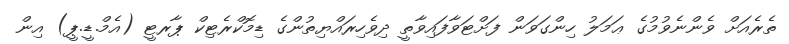
ތެރެއަށް ވެންނެވުމުގެ ޢަމަލު ހިންގަވަން ފަށްޓަވާފައިވާތީ ދިވެހިރައްޔިތުންގެ ޑިމޮކްރެޓިކް ޕާރޓީ (އެމް.ޑީ.ޕީ) އިން